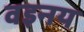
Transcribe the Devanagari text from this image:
वइनय